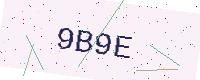
Text: 9B9E